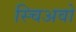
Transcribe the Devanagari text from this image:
स्चिअवो